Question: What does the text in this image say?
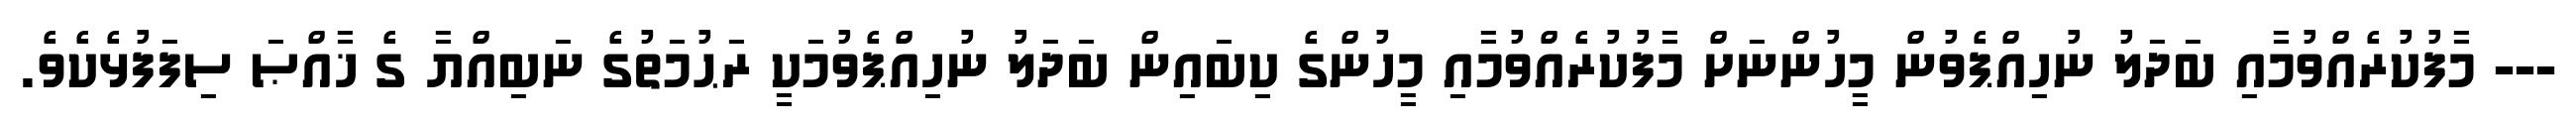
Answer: --- މާފުކުރެއްވުމާއި ބަދަލު ނުހިއްޕެވުން މީހުންނަށް މާފުކުރެއްވުމާއި މީހުންގެ ކިބައިން ބަދަލު ނުހިއްޕެވުމަކީ ރަޙުމަތުގެ ނަބިއްޔާ ގެ ޚާއްޞަ ސިފަފުޅެކެވެ.